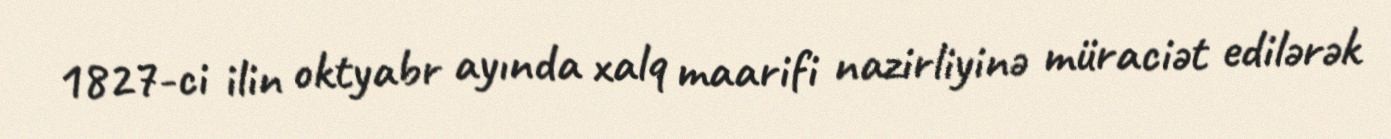
1827-ci ilin oktyabr ayında xalq maarifi nazirliyinə müraciət edilərək